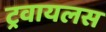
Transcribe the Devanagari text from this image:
ट्रवायलस